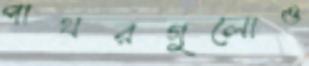
পাথরগুলোও